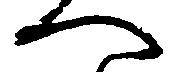
へ